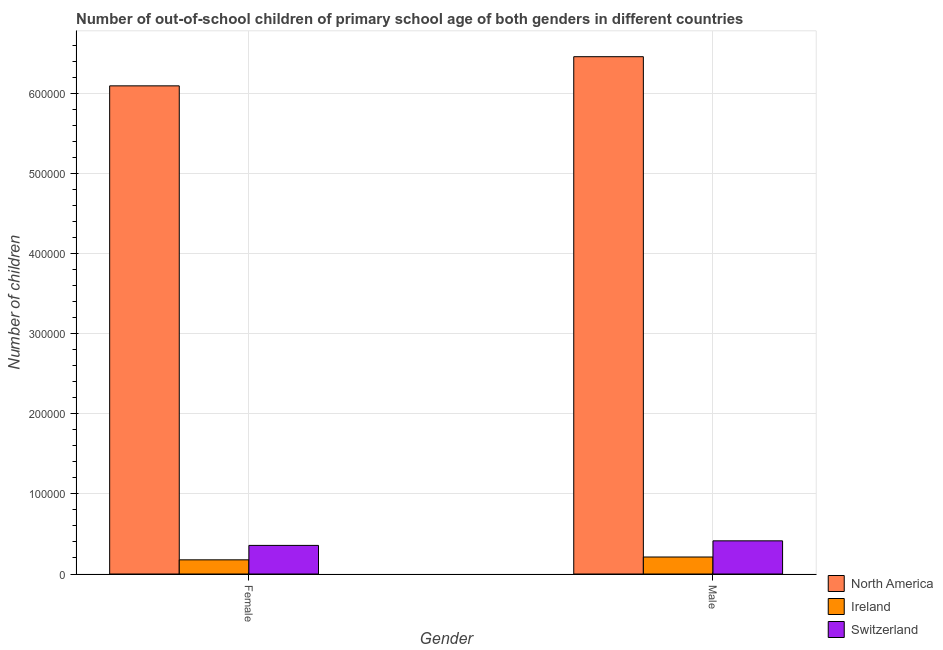
| Gender | North America | Ireland | Switzerland |
 | --- | --- | --- | --- |
 | Female | 6.09e+05 | 1.77e+04 | 3.57e+04 |
 | Male | 6.45e+05 | 2.12e+04 | 4.14e+04 |